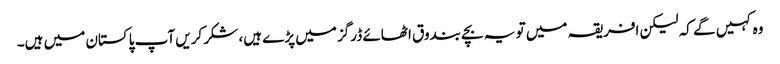
وہ کہیں گے کہ لیکن افریقہ میں تو یہ بچے بندوق اٹھائے ڈرگز میں پڑے ہیں، شکر کریں آپ پاکستان میں ہیں۔